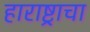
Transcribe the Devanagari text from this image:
हाराष्ट्राचा